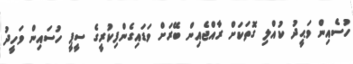
ހުސެއިން ވަޙީދު ކުއްލި ގޮތަކަށް ރާއްޖެއިން ބޭރަށް ވަޑައިގެންފިކުރީގެ ސީޕީ ހުސައިން ވަހީދު